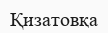
Қизатовқа